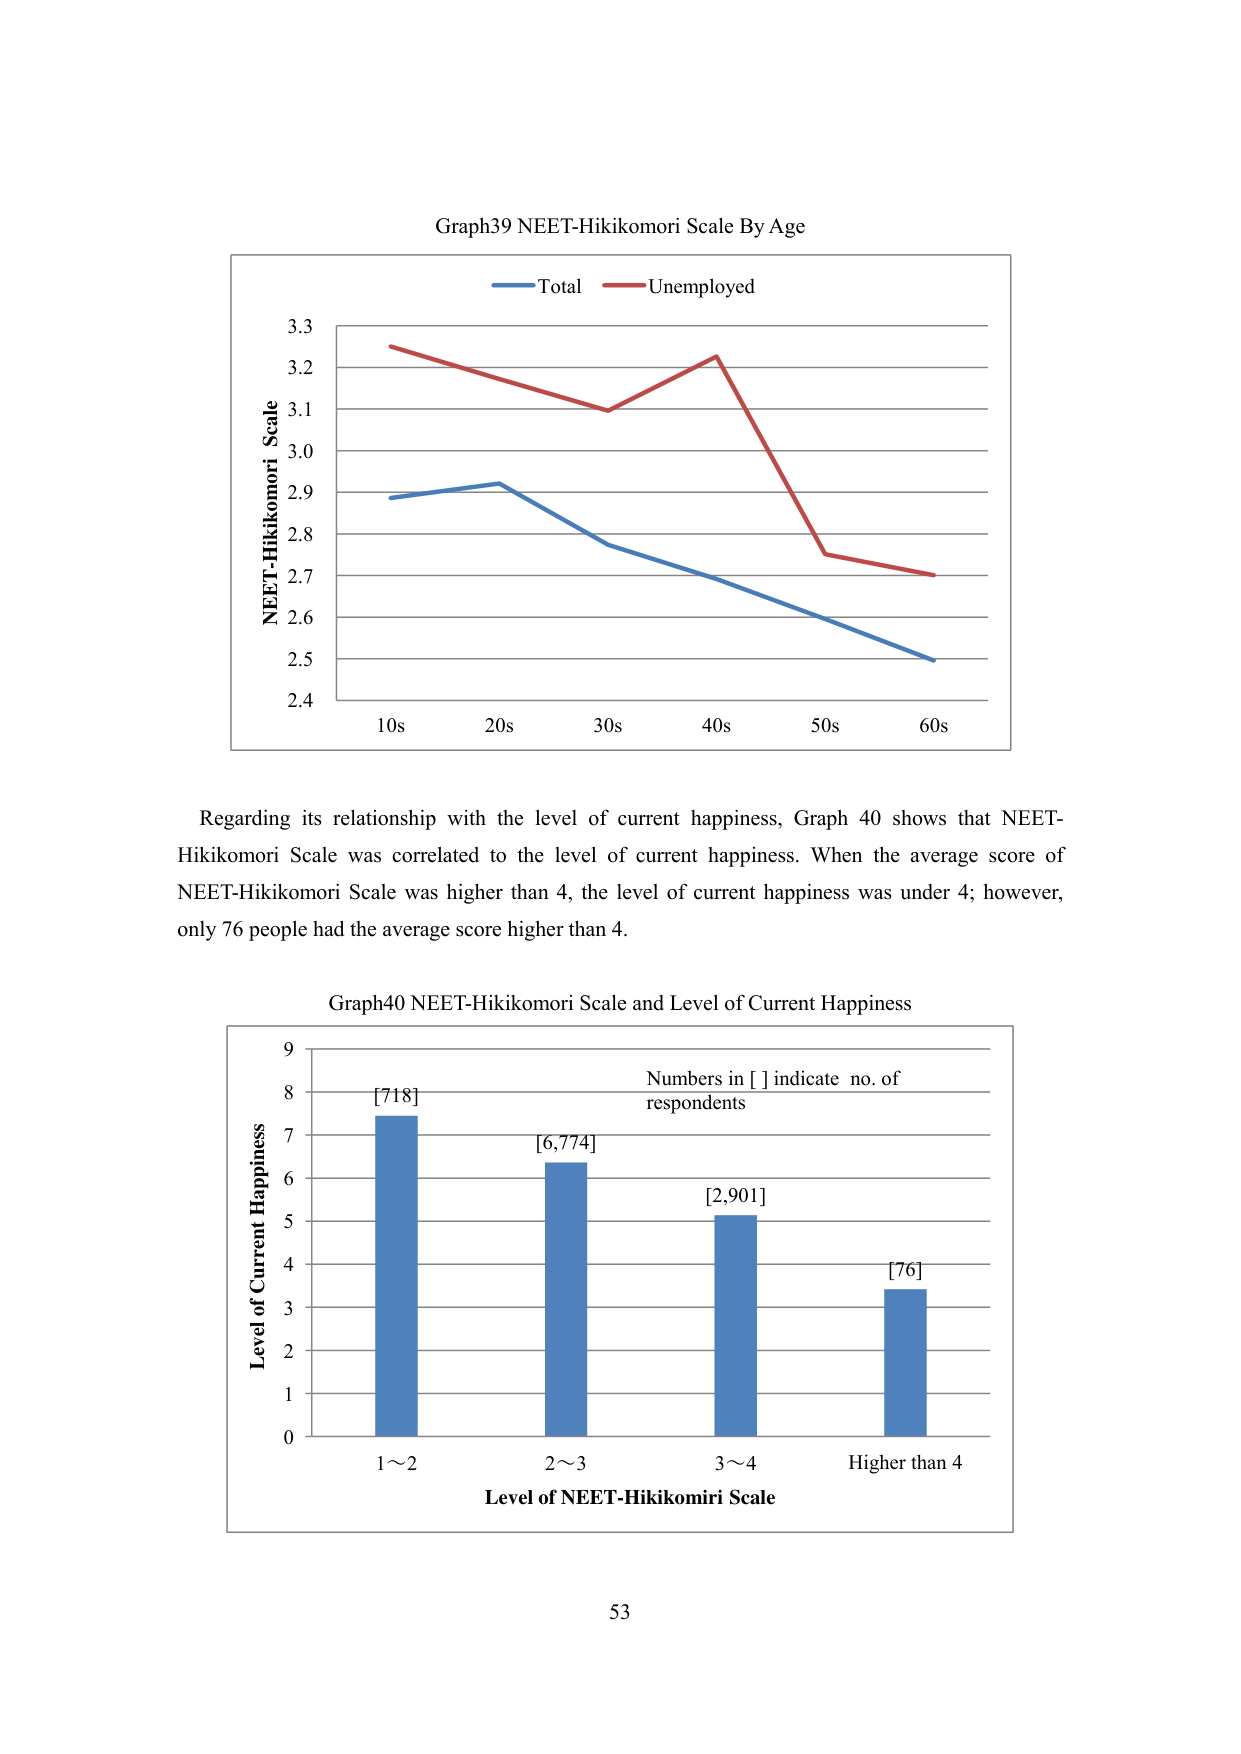
Graph39 NEET-Hikikomori Scale By Age
Total Unemployed
NEET-Hikikomori Scale
3.3
3.2
3.1
3.0
2.9
2.8
2.7
2.6
2.5
2.4
10s 20s 30s 40s 50s 60s

Regarding its relationship with the level of current happiness, Graph 40 shows that NEET-Hikikomori Scale was correlated to the level of current happiness. When the average score of NEET-Hikikomori Scale was higher than 4, the level of current happiness was under 4; however, only 76 people had the average score higher than 4.

Graph40 NEET-Hikikomori Scale and Level of Current Happiness
Level of Current Happiness
9
8
7
6
5
4
3
2
1
0
[718]
[6,774]
[2,901]
[76]
1～2 2～3 3～4 Higher than 4
Level of NEET-Hikikomiri Scale
Numbers in [ ] indicate no. of respondents

53